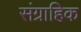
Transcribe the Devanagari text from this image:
संग्राहिक